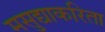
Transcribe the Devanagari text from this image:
मसुद्याकरिता